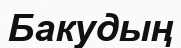
Бакудың